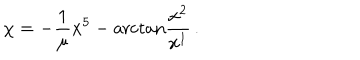
LaTeX: \chi = - \frac { 1 } { \mu } x ^ { 5 } - \mathrm { a r c t a n } \frac { x ^ { 2 } } { x ^ { 1 } } \, .